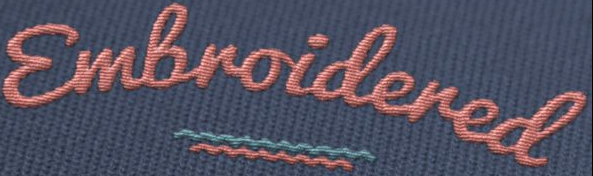
Embroidered